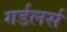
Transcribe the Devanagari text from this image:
गर्डलर्स